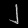
Digit: ၂